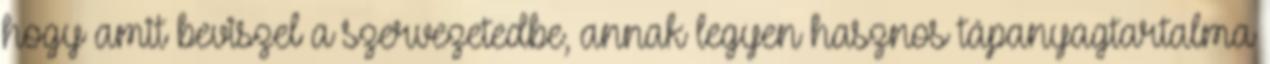
hogy amit beviszel a szervezetedbe, annak legyen hasznos tápanyagtartalma